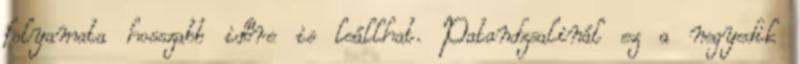
folyamata hosszabb időre is leállhat. Patandzsalinál ez a negyedik